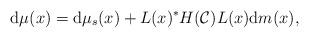
LaTeX: \begin{gather*}\mathrm{d}\mu(x) =\mathrm{d}\mu_{s}(x) +L(x) ^{\ast}H(\mathcal{C}) L(x)\mathrm{d}m(x) ,\end{gather*}